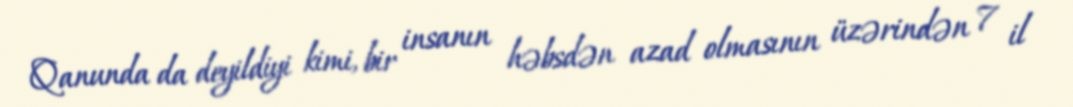
Qanunda da deyildiyi kimi, bir insanın həbsdən azad olmasının üzərindən 7 il